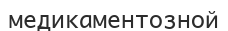
медикаментозной